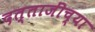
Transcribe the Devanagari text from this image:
दत्ताजींच्या